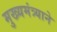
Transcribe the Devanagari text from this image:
मुख्यमंत्र्याने